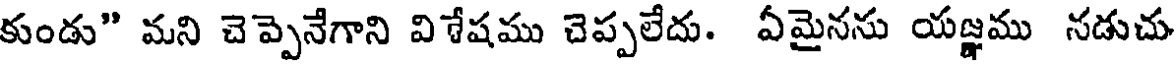
కుండు" మని చెప్పెనేగాని విశేషము చెప్పలేదు. ఏమైనను యజ్ఞము నడుచు